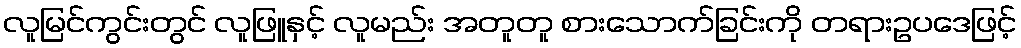
လူမြင်ကွင်းတွင် လူဖြူနှင့် လူမည်း အတူတူ စားသောက်ခြင်းကို တရားဥပဒေဖြင့်